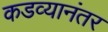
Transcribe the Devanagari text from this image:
कडव्यानंतर